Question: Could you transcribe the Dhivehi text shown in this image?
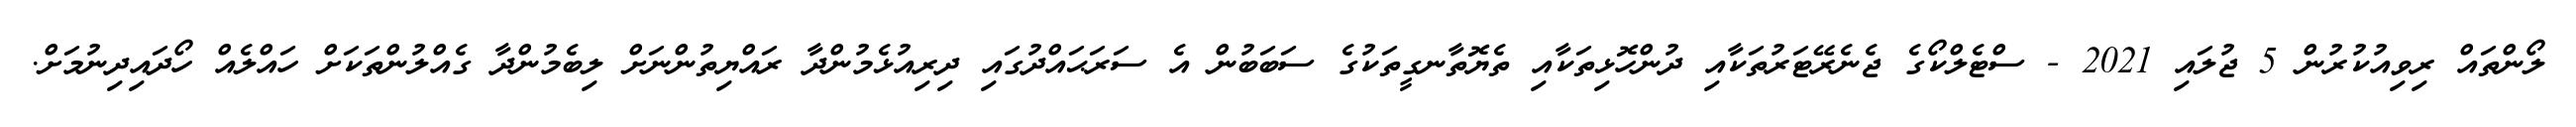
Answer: ލޯންތައް ރިވިއުކުރުން 5 ޖުލައި 2021 - ސްޓެލްކޯގެ ޖެނެރޭޓަރުތަކާއި ދުންހޮޅިތަކާއި ތެޔޮތާނގީތަކުގެ ސަބަބުން އެ ސަރަޙައްދުގައި ދިރިއުޅެމުންދާ ރައްޔިތުންނަށް ލިބެމުންދާ ގެއްލުންތަކަށް ހައްލެއް ހޯދައިދިނުމަށް.